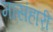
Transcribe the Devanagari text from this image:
मासंहारी